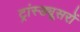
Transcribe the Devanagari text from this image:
ट्रांस्ड्यूसरों